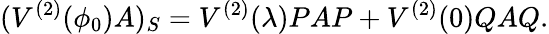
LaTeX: (V^{(2)}(\phi_{0})A)_{S}=V^{(2)}(\lambda)PAP+V^{(2)}(0)QAQ.